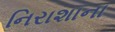
નિરાશાના